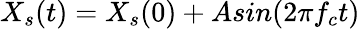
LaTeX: X_{s}(t)=X_{s}(0)+Asin(2\pi f_{c}t)